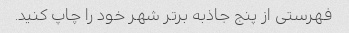
فهرستی از پنج جاذبه برتر شهر خود را چاپ کنید.